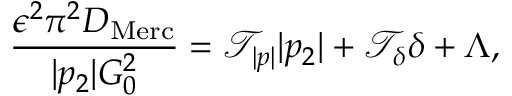
\frac { \epsilon ^ { 2 } \pi ^ { 2 } D _ { \mathrm { M e r c } } } { | p _ { 2 } | G _ { 0 } ^ { 2 } } = \mathcal { T } _ { | p | } | p _ { 2 } | + \mathcal { T } _ { \delta } \delta + \Lambda ,